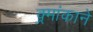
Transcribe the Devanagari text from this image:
क्र्मांकाने